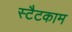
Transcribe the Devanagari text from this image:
स्टैटकाम